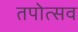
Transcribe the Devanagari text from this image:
तपोत्सव